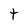
Character: t